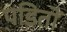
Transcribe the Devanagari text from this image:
पडितों